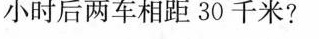
小时后两车相距30千米?